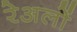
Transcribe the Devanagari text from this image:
रेअलों